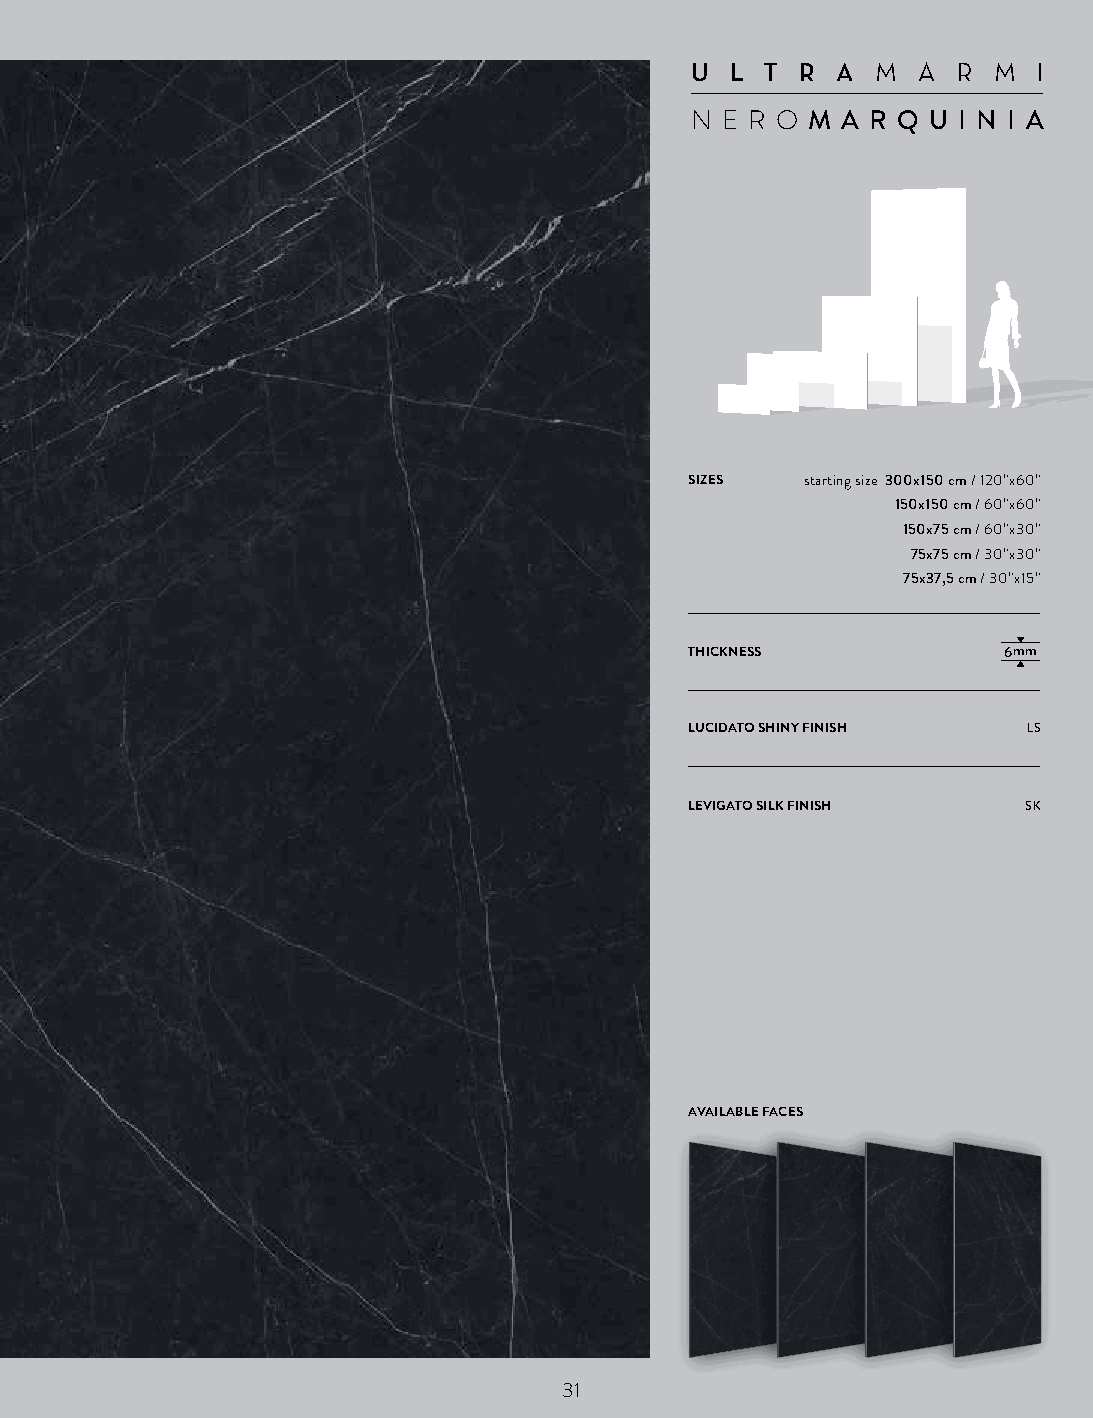
U L T  R AM  A  R M  I
 N E R OM A R Q U I N I A
 SIZES  starting size 300x150 cm / 120”x60”
 150x150 cm / 60”x60”
 150x75 cm / 60”x30”
 75x75 cm / 30”x30”
 75x37,5 cm / 30”x15”
 THICKNESS           6mm
 LUCIDATO SHINY FINISH LS
 LEVIGATO SILK FINISH  SK
 AVAILABLE FACES
 31